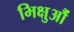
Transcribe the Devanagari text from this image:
भिक्षुऔं